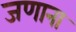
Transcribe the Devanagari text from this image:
जणाना